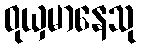
ဝုယှမာနေသု